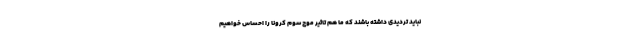
نباید تردیدی داشته باشند که ما هم تاثیر موج سوم کرونا را احساس خواهیم